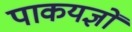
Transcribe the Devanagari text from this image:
पाकयज्ञों